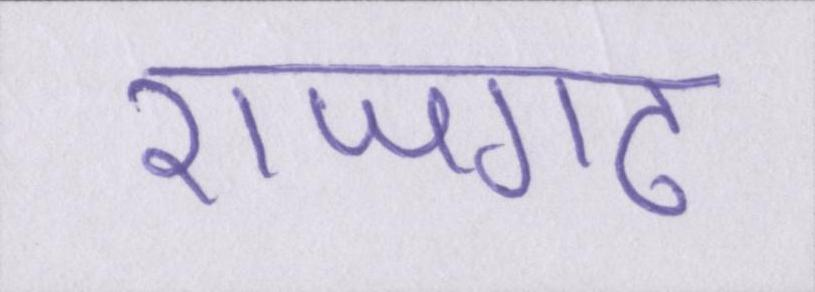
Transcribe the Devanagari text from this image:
राजगढ